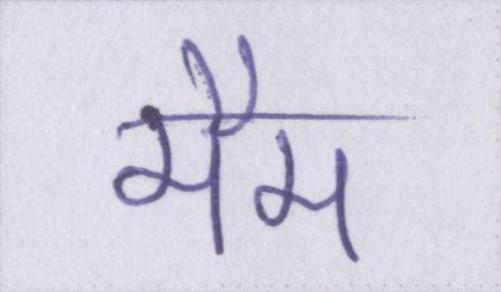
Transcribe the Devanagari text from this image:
मैम